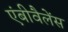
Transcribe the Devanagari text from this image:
एंबीवैलेंस